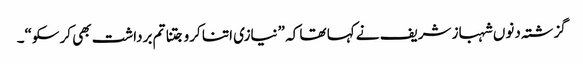
گزشتہ دنوں شہباز شریف نے کہا تھا کہ ”نیازی اتنا کرو جتنا تم برداشت بھی کرسکو“۔